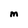
Character: M